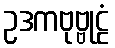
ဥဒကဗုဗ္ဗုဠံ